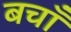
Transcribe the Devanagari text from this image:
बचाँ